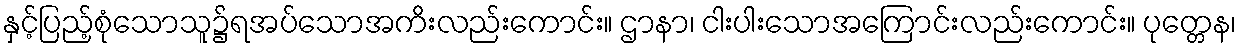
နှင့်ပြည့်စုံသောသူ၌ရအပ်သောအကိးလည်းကောင်း။ ဌာနာ၊ ငါးပါးသောအကြောင်းလည်းကောင်း။ ပုတ္တေန၊